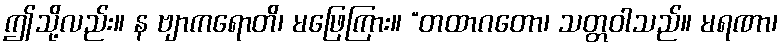
ဤသို့လည်း။ န ဗျာကရောတိ၊ မဖြေကြား။ “တထာဂတော၊ သတ္တဝါသည်။ မရဏာ၊